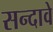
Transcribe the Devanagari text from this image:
सन्दावे